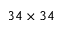
3 4 \times 3 4